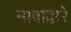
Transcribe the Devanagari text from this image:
नावांद्वारे